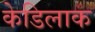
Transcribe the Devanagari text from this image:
केडिलाक